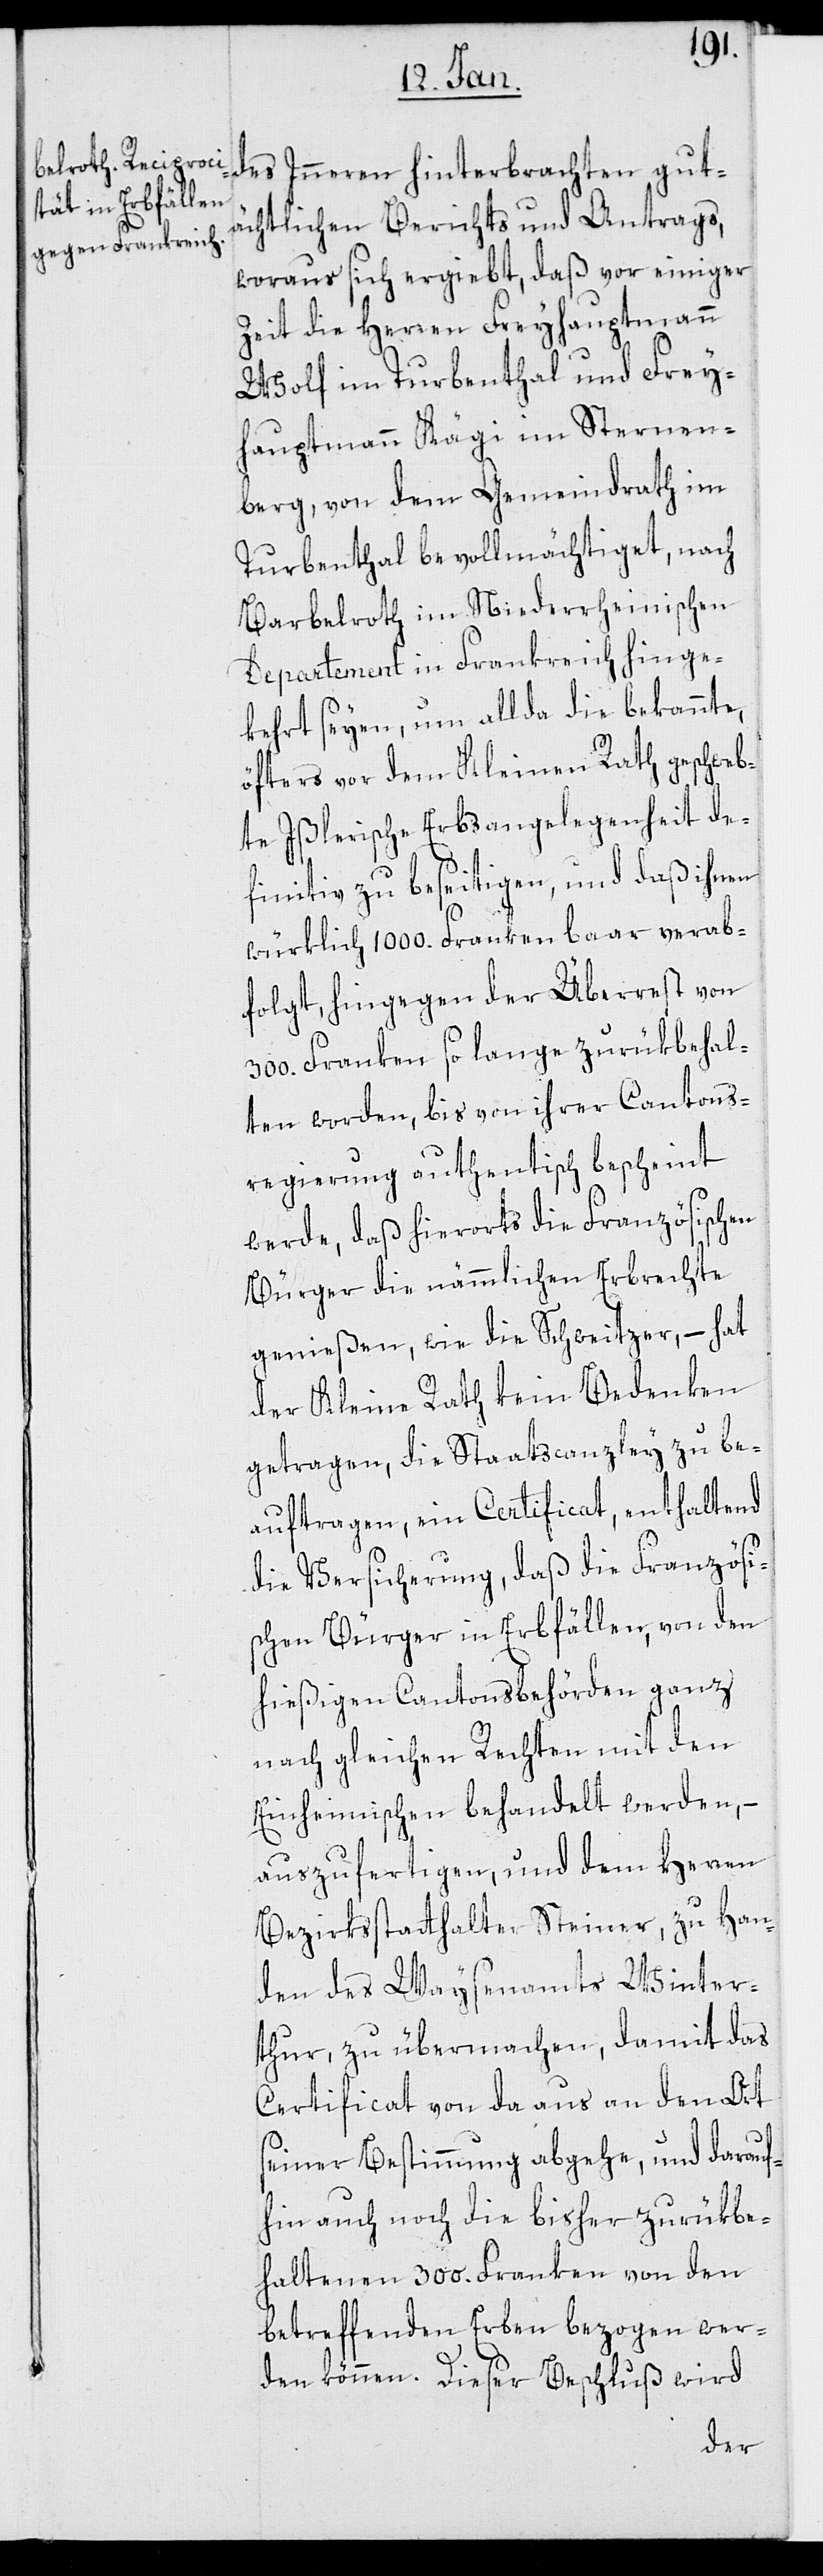
des Inneren hinterbrachten gut¬
ächtlichen Berichts und Antrags,
woraus sich ergiebt, daß vor einiger
Zeit die Herren Freyhauptmann
Wolf im Turbenthal und Frey¬
hauptmann Kägi im Sternen¬
berg, von dem Gemeindrath im
Turbenthal bevollmächtiget, nach
Barbelroth im Niederrheinischen
Departement in Frankreich hinge¬
kehrt seyen, um allda die bekannte,
öfters vor dem Kleinen Rath geschweb¬
te Ißlerische Erbsangelegenheit de¬
finitiv zu beseitigen, und daß ihnen
würklich 1000. Franken baar verab¬
folgt, hingegen der Überrest von
300. Franken so lange zurükbehal¬
ten worden, bis von ihrer Cantons¬
regierung authentisch bescheint
werde, daß hierorts die Französischen
Bürger die nämmlichen Erbrechte
genießen, wie die Schweitzer, – hat
der Kleine Rath kein Bedenken
getragen, die Staatscanzley zu be¬
auftragen, ein Certificat, enthaltend
die Versicherung, daß die Französi¬
schen Bürger in Erbfällen, von den
hießigen Cantonsbehörden ganz
nach gleichen Rechten mit den
Einheimischen behandelt werden, –
auszufertigen, und dem Herren
Bezirksstatthalter Steiner, zu Han¬
den des Waysenamts Winter¬
thur zu übermachen, damit das
Certificat von da aus an den Ort
seiner Bestimmung abgehe, und darauf¬
hin auch noch die bisher zurükbe¬
haltenen 300. Franken von den
betreffenden Erben bezogen wer¬
den können. Dieser Beschluß wird